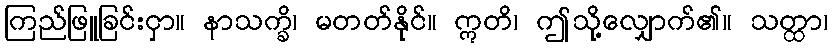
ကြည်ဖြူခြင်းငှာ။ နာသက္ခိ၊ မတတ်နိုင်။ ဣတိ၊ ဤသို့လျှောက်၏။ သတ္ထာ၊